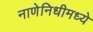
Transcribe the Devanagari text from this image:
नाणेनिधीमध्ये